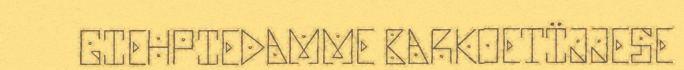
GIEHPIEDAMME BARKOETÏJJESE